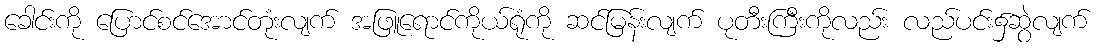
ခေါင်းကို ပြောင်စင်အောင်တုံးလျက် အဖြူရောင်ကိုယ်ရုံကို ဆင်မြန်းလျက် ပုတီးကြီးကိုလည်း လည်ပင်း၌ဆွဲလျက်